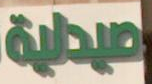
מוב